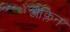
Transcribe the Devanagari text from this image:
जैक्लिन